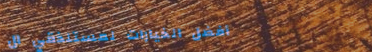
أفضل الخيارات لمستلذقي ال